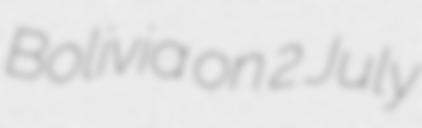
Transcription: Bolivia on 2 July